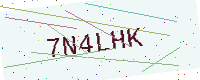
Text: 7N4LHK